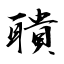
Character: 聵